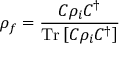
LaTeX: \rho _ { f } = { \frac { C \rho _ { i } C ^ { \dagger } } { { \mathrm { T r } } \left[ C \rho _ { i } C ^ { \dagger } \right] } }